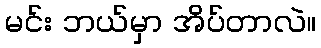
မင်း ဘယ်မှာ အိပ်တာလဲ။